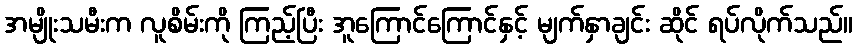
အမျိုးသမီးက လူစိမ်းကို ကြည့်ပြီး အူကြောင်ကြောင်နှင့် မျက်နှာချင်း ဆိုင် ရပ်လိုက်သည်။